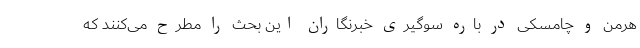
هرمن و چامسکی در باره سوگیری خبرنگاران این بحث را مطرح می‌کنند که